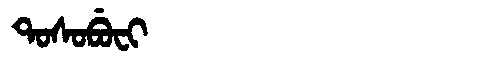
Manchu: ᡨᠣᠰᠣᠪᡠᠸᡳ
Romanization: TOSOBUFI